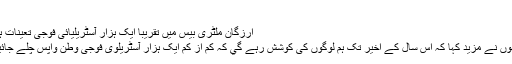
‘
ارزگان ملٹری بیس میں تقریبا ایک ہزار آسٹریلیائی فوجی تعینات ہیں
انھوں نے مزید کہا کہ اس سال کے اخیر تک ہم لوگوں کی کوشش رہے گي کہ کم از کم ایک ہزار آسٹریلوی فوجی وطن واپس چلے جائیں۔